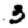
Digit: 3